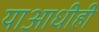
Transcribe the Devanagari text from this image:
याआधीही